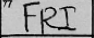
Transcription: FRI